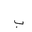
Letter: _ba